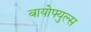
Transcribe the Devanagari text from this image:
बायोफ्युल्स